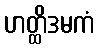
ဟတ္ထိဒမကံ